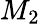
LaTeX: M_{2}